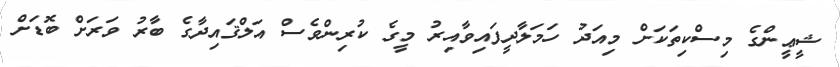
ޝީޢީންގެ މިސްކިތަކަށް މިއަދު ހަމަލާދީފައިވާއިރު މީގެ ކުރިންވެސް އަލްޤައިދާގެ ބާރު ވަރަށް ބޮޑަށް